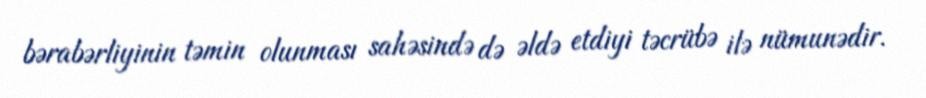
bərabərliyinin təmin olunması sahəsində də əldə etdiyi təcrübə ilə nümunədir.